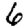
Digit: 6